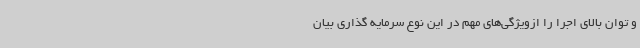
و توان بالای اجرا را ازویژگی‌های مهم در این نوع سرمایه گذاری بیان